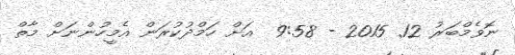
ނޮވެމްބަރު 12